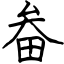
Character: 畚